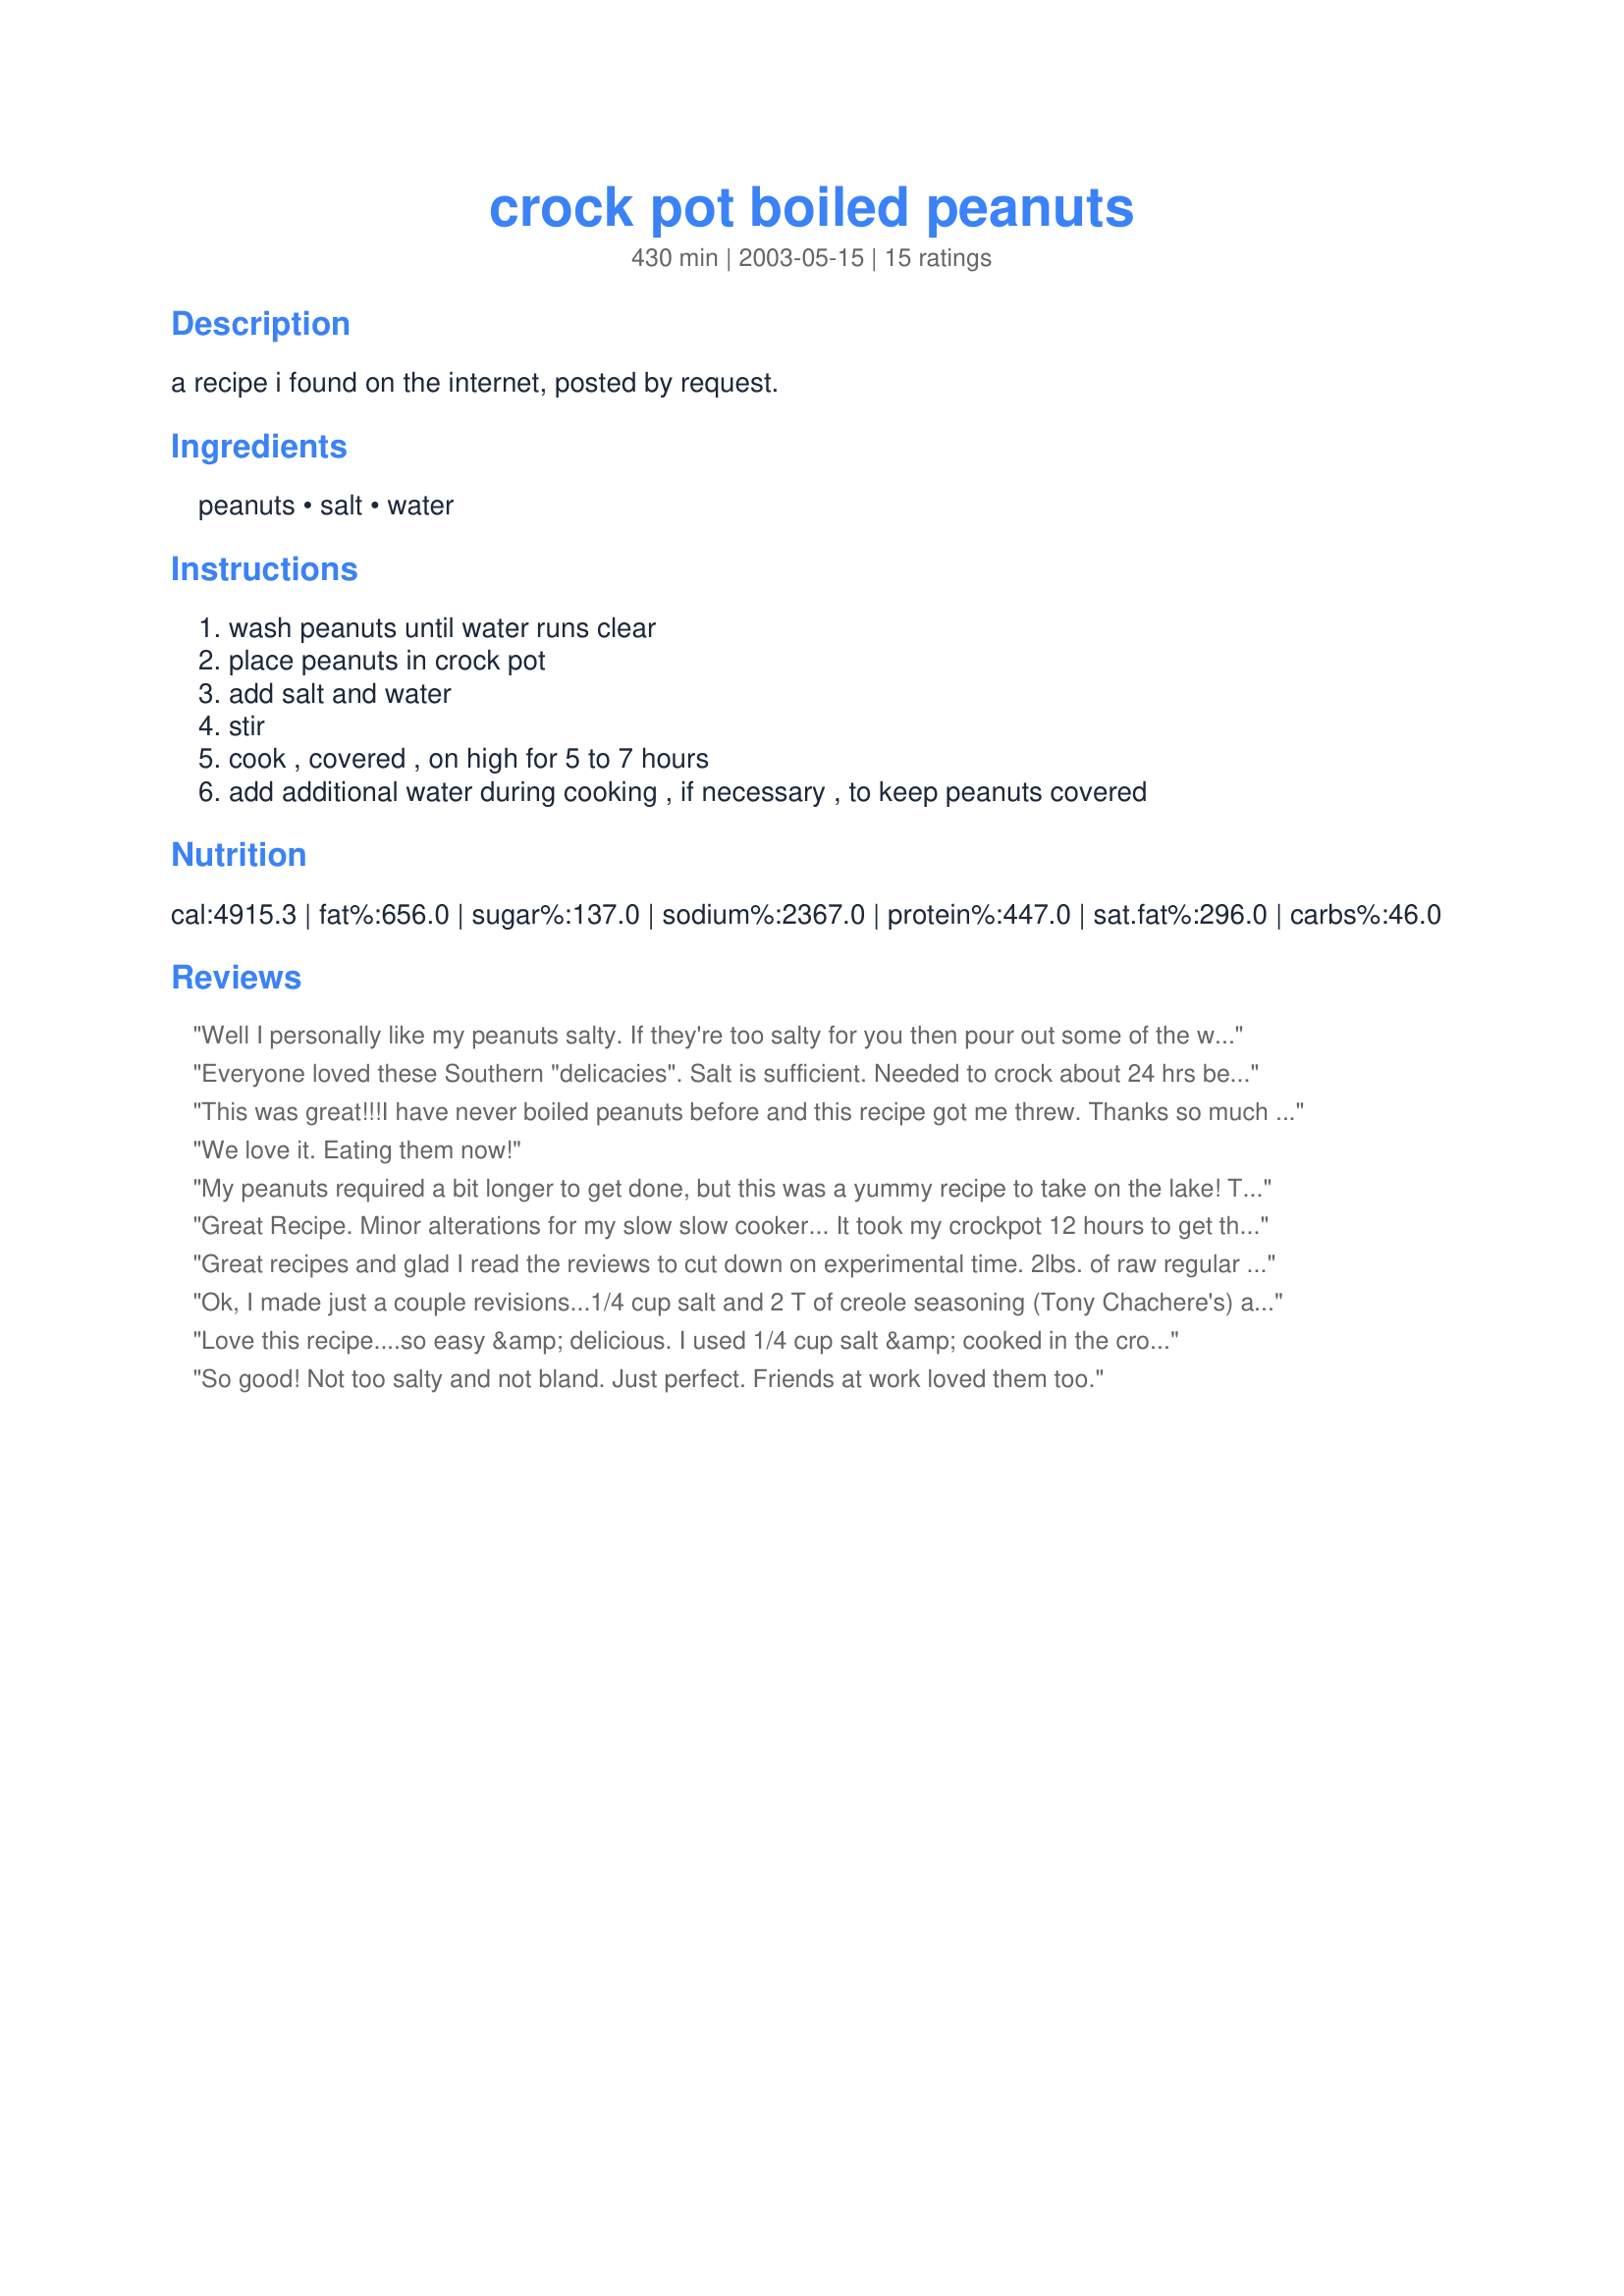
crock pot boiled peanuts
Preparation time: 430 minutes

a recipe i found on the internet, posted by request.

Ingredients:
peanuts, salt, water

Steps:
wash peanuts until water runs clear, place peanuts in crock pot, add salt and water, stir, cook , covered , on high for 5 to 7 hours, add additional water during cooking , if necessary , to keep peanuts covered

Reviews:
Well I personally like my peanuts salty. If they're too salty for you then pour out some of the water, add fresh water, &amp; reboil. Easy peasy.
Everyone loved these Southern "delicacies". Salt is sufficient. Needed to crock about 24 hrs before done.
This was great!!!I have never boiled peanuts before and this recipe got me threw. Thanks so much for posting. I did try adding the 2 T of cajun seasoning as a reviewer suggested and it was way to spicy.So I rinsed the spices off dand the peanuts were perfect. Thanks again for posting.
We love it. Eating them now!
My peanuts required a bit longer to get done, but this was a yummy recipe to take on the lake! Thanks for posting!
Great Recipe. Minor alterations for my slow slow cooker...
It took my crockpot 12 hours to get the peanuts to the right tenderness. But by that time the salt was extra salt-y. I made a second batch with a 1/4 cup of salt for another 12 hours and they are pretty good. Overall a great recipe. I am thrilled to have it in my cookbook!!
Great recipes and glad I read the reviews to cut down on experimental time. 2lbs. of raw regular peanuts with a rinse. 1/3 cup of kosher salt then 16 hrs. using our slow cooker on High. All came out tender and tasting perfect. A yummy man snack for watching my Sunday NFL games!!!!
Ok, I made just a couple revisions...1/4 cup salt and 2 T of creole seasoning (Tony Chachere's) and 1 lb of peanuts in shell. I cooked on high for 6 hours, then on low for another 5 hours. I could LIVE on boiled peanuts! I used to look so forward to going to FL so I could get more, it never even occured to me to look into making them myself! Thank you so much for the recipe! These are SO good!!
Love this recipe....so easy &amp; delicious. I used 1/4 cup salt &amp; cooked in the crockpot on high for 12 hours &amp; let sit in brine for 2 hours. Came out perfect!
So good! Not too salty and not bland. Just perfect. Friends at work loved them too.
ok guys when boiling peanuts always salt water to taste that way its not to salty. Also cook peanuts to tenderness after that let the peanuts soak in the salt water they will soak up the salt. If for some odd reason they come out to salty soak them in plain water it helps to make them not as salty.
Like another person said, you guys needing 22-24 hours must not be using green peanuts as stated in the recipe. Florida native myself here and have been boiling peanuts and crocking peanuts for many years. Takes about 3-4 hours on stove top depending on how soft you like them, and between 5-7 hours in the crock pot depending on how soft you like them. You can find green peanuts at most farmers markets, road side fruit stands, and some grocery stores sell them ( however that may just be here in the southern states) You can only get the for the summer time, same as watermelon and athena cantaloupes. For myself, I use a smidge less than 1/2 cup of salt per 2 lbs of peanuts. I also like mine with a bite to them not total mush like they sell at the gas stations lol
Very good - I used just 1/3 cup of kosher salt and that was perfect. Mine took longer to cook until the desired doneness - about 10 hours to lose the firmness, and I soaked them overnight. I could stand for them to be even softer though, but not sure what would do it. Maybe more salt? Hot or warm water soak? I'll have to tinker some.
Ok I think most of yall are using raw peanuts, not green. No way green peanuts take 12-24 hrs to cook. Green peanuts are done in 2-3 hrs. on stove top, so it can't take much longer in the crock. Thinking the 6-7 recommended in this recipe seems correct. Trying the crock pot for the first time today. Born and raised in Florida and grew up eating and cooking peanuts, but there is a huge difference between green and raw peanuts. Green peanuts are only available a few months out of the year and not sure if they are available outside of the southern states. I tried cooking raw peanuts once and it took all day on the stove and still weren't very tender. Just keep this in mind when purchasin your peanuts. We make two batches, hubby and I like em with chopped onion, jalepenos, and habenaros. The kids like the chopped onion. OLives and sliced pickles are a nice addition as well.
Very nice recipe, thanks. I did make some mods: 1. Soak the raw peanuts over night in a large pot with a plate holding the peanuts under unsalted water (they tend to float). 2. I used 1/3 cup salt instead of 1/2 cup (for me 1/2 cup was too salty the first time I did this). 3. I had to cook mine about 14 hrs. on the High setting. Then turn the Crock Pot off before going to bed but let the peanuts sit in the brine until morning. Next day they are perfect. At least 2 days to cook 'em!
